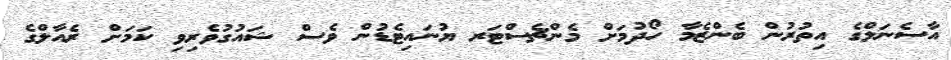
އާސެނަލްގެ އިތުރުން ބެންޒެމާ ހޯދުމަށް މެންޗެސްޓަރ ޔުނައިޓެޑުން ވެސް ޝައުގުވެރިވި ކަމަށް ރެއާލްގެ